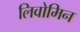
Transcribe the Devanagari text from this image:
लिवोमिन